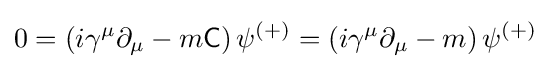
0=\left(i\gamma ^{\mu }\partial _{\mu }-m{\mathsf {C}}\right)\psi ^{(+)}=\left(i\gamma ^{\mu }\partial _{\mu }-m\right)\psi ^{(+)}